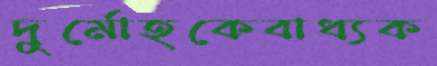
দুর্মোহকেবাধ্যক